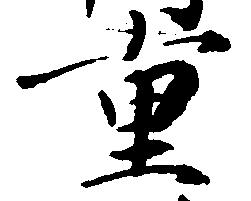
重